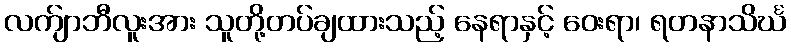
လက်ျာဘီလူးအား သူတို့တပ်ချထားသည့် နေရာနှင့် ဝေးရာ၊ ရတနာသိင်္ဃ